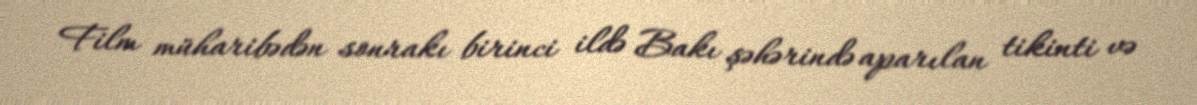
Film müharibədən sonrakı birinci ildə Bakı şəhərində aparılan tikinti və